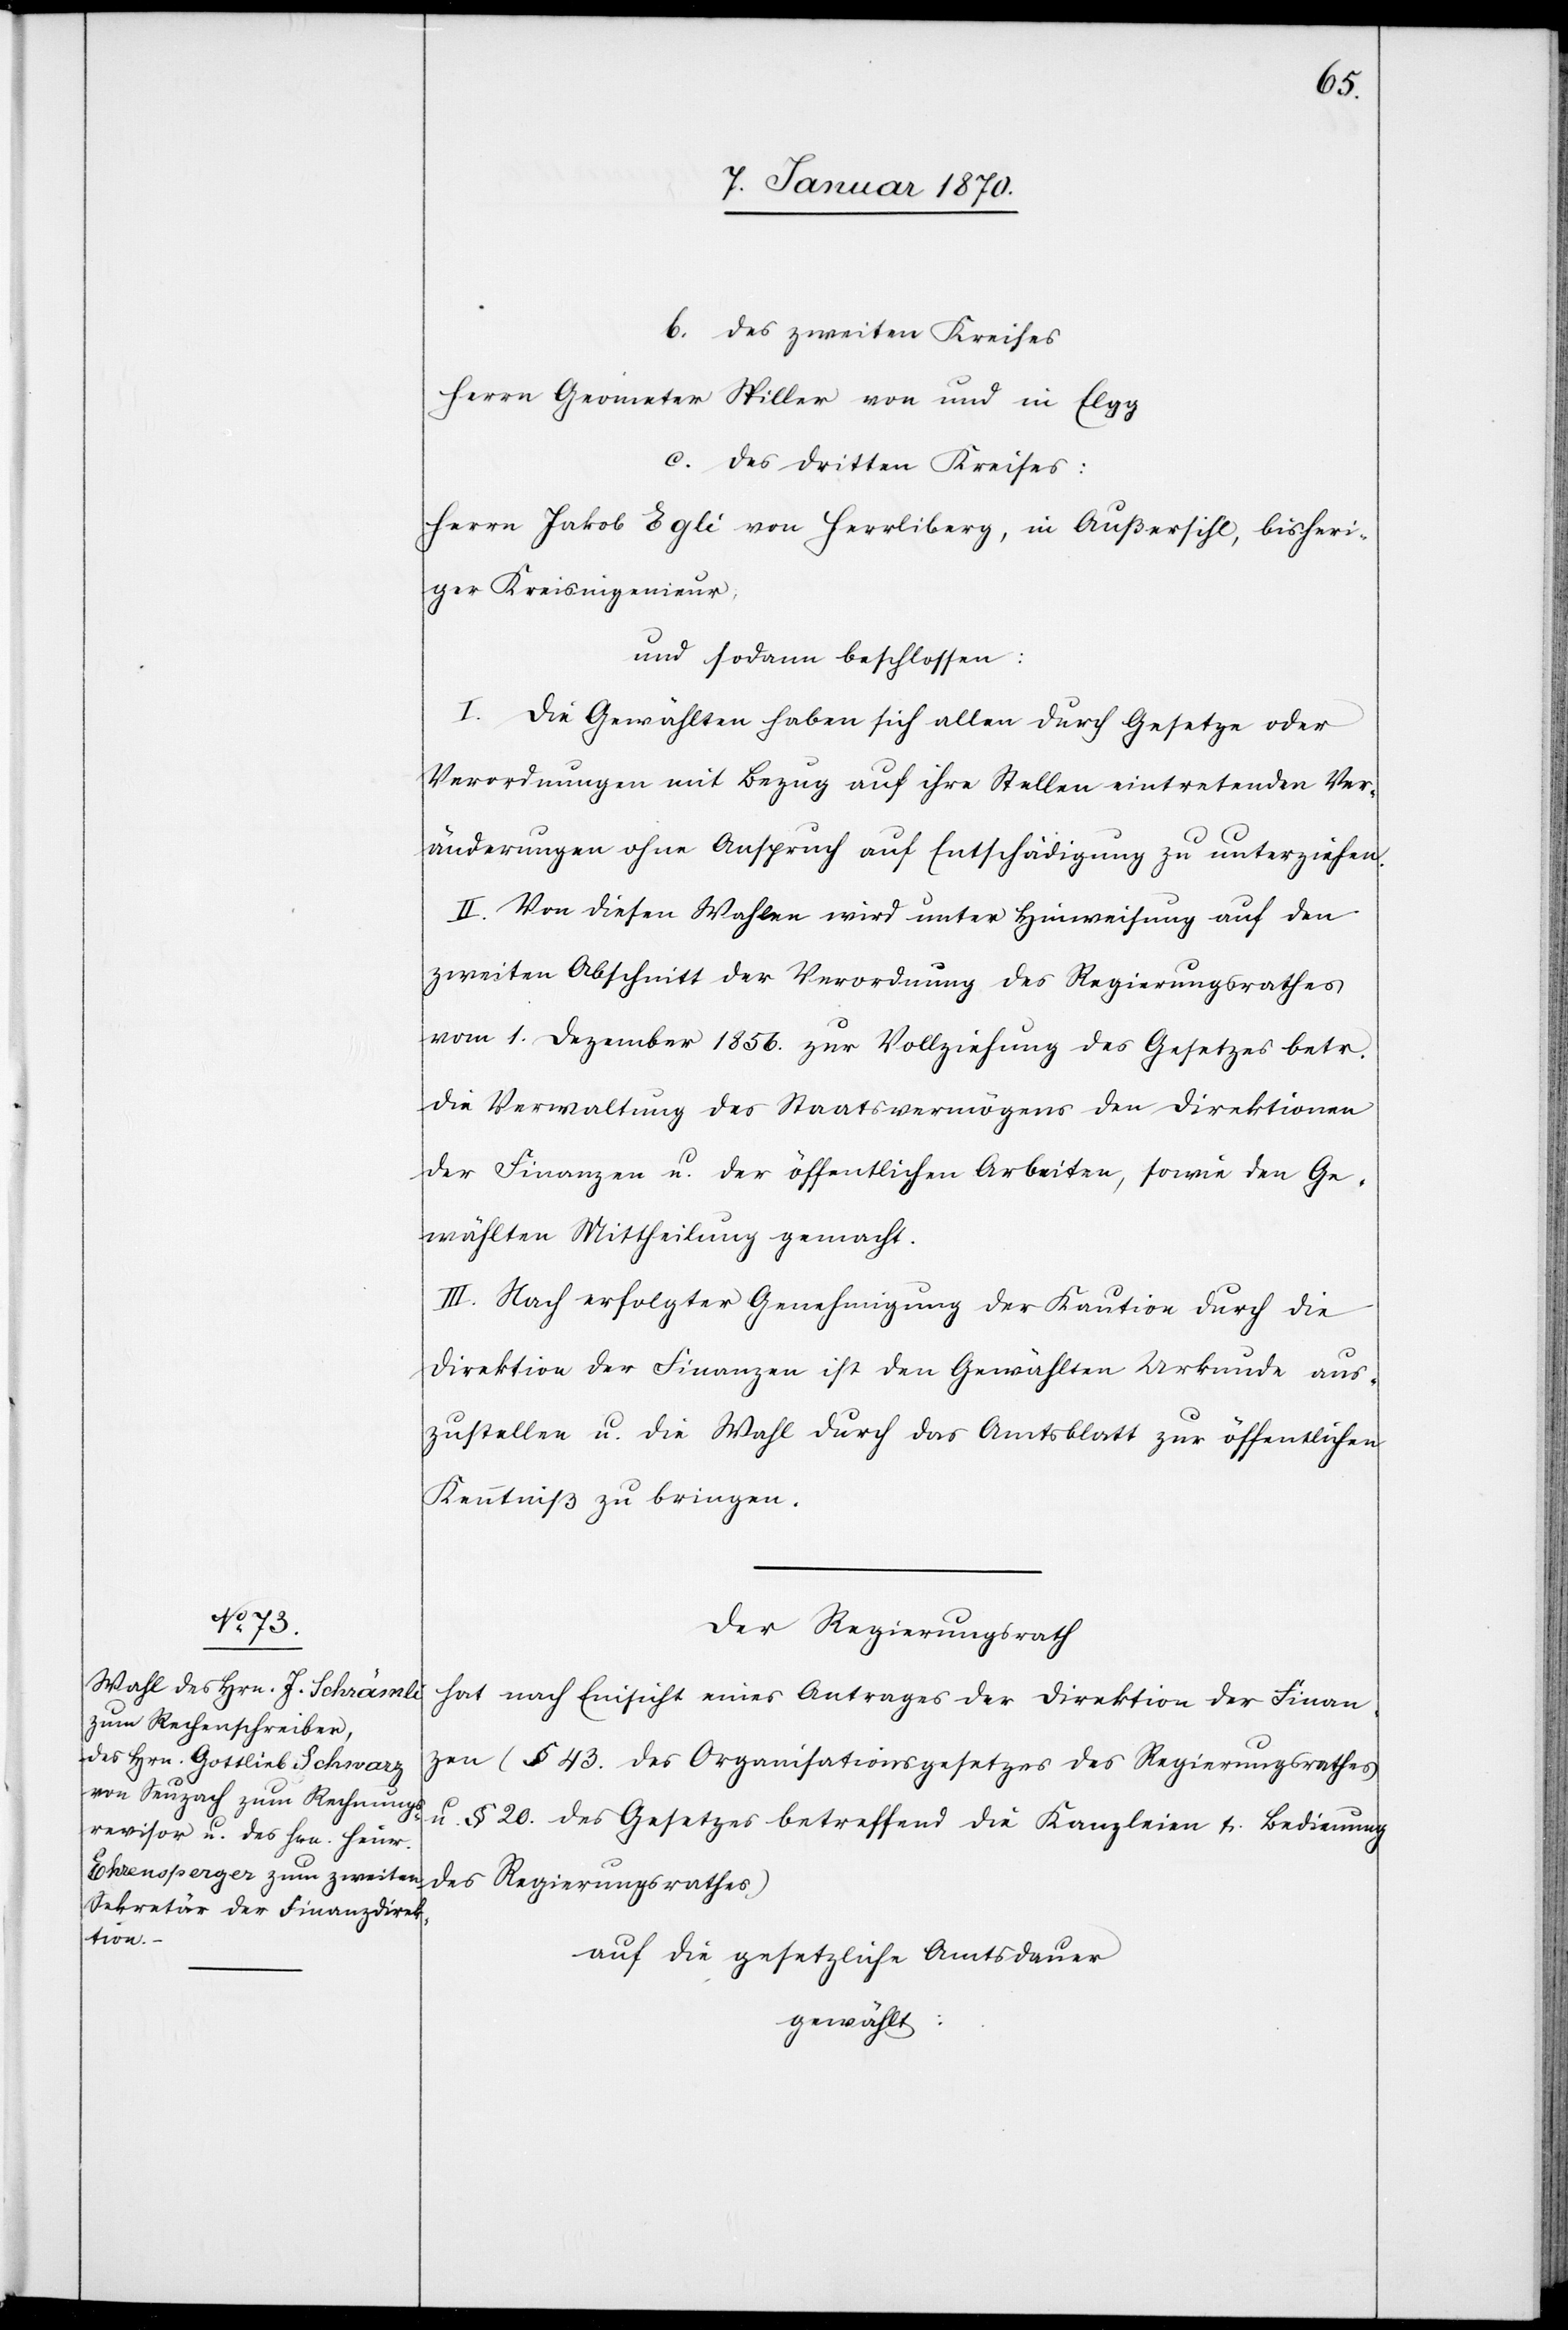
b. des zweiten Kreises
Herrn Geometer Spiller von und in Elgg
c. des dritten Kreises:
Herrn Jakob Egli von Herrliberg, in Außersihl, bisheri¬
ger Kreisingenieur
und sodann beschlossen:
I. Die Gewählten haben sich allen durch Gesetze oder
Verordnungen mit Bezug auf ihre Stellen eintretenden Ver¬
änderungen ohne Anspruch auf Entschädigung zu unterziehen.
II. Von diesen Wahlen wird unter Hinweisung auf den
zweiten Abschnitt der Verordnung des Regierungsrathes
vom 1. Dezember 1856. zur Vollziehung des Gesetzes betr.
die Verwaltung des Staatsvermögens den Direktionen
der Finanzen u. der öffentlichen Arbeiten, sowie den Ge¬
wählten Mittheilung gemacht.
III. Nach erfolgter Genehmigung der Kaution durch die
Direktion der Finanzen ist den Gewählten Urkunde aus¬
zustellen u. die Wahl durch das Amtsblatt zur öffentlichen
Kenntniß zu bringen.
Der Regierungsrath
hat nach Einsicht eines Antrages der Direktion der Finan¬
zen (§ 43. des Organisationsgesetzes des Regierungsrathes
u. § 20. des Gesetzes betreffend die Kanzleien u. Bedienung
des Regierungsrathes)
auf die gesetzliche Amtsdauer
gewählt: